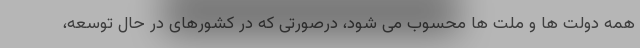
همه دولت ها و ملت ها محسوب می شود، درصورتی که در کشورهای در حال توسعه،